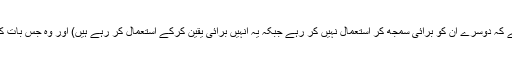
(بلکہ ان کا جرم اس وجہ سے شدید تر ہو جاتا ہے کہ دوسرے ان کو برائی سمجھ کر استعمال نہیں کر رہے جبکہ یہ انہیں برائی یقین کرکے استعمال کر رہے ہیں) اور وہ جس بات کو بھی مانیں گے، ان کا مقدمہ باطل ہو جائے گا۔